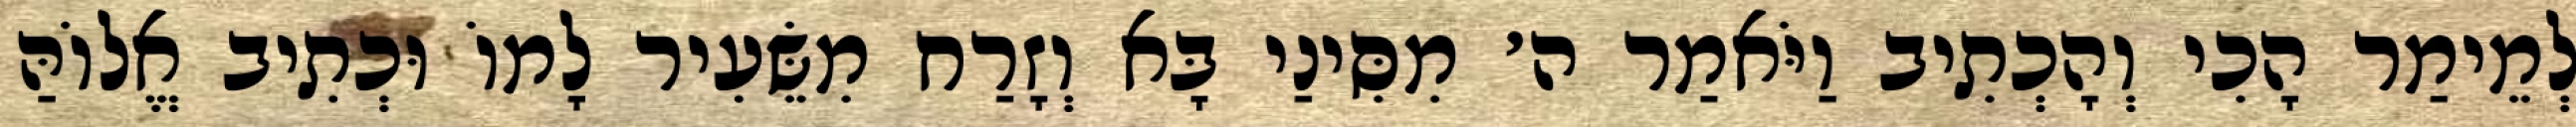
לְמֵימַר הָכִי וְהָכְתִיב וַיֹּאמַר ה׳ מִסִּינַי בָּא וְזָרַח מִשֵּׂעִיר לָמוֹ וּכְתִיב אֱלוֹהַּ